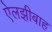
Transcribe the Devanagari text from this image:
ऐलझ़ीबाह